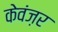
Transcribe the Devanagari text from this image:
केवंज़र